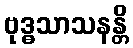
ဗုဒ္ဓသာသနန္တိ